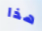
هذا